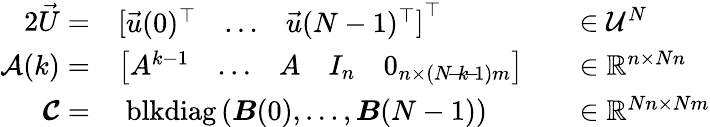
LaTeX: \begin{array}{rlrl}{{2}\vec{U}=}&{\left[\begin{array}{lll}{\vec{u}(0)^{\top}}&{\ldots}&{\vec{u}(N-1)^{\top}}\end{array}\right]^{\top}}&&{\in\mathcal{U}^{N}}\\ {{\mathcal{A}}(k)=}&{\left[\begin{array}{lllll}{A^{k-1}}&{\ldots}&{A}&{I_{n}}&{0_{n\times(N\! -\! k\! -\! 1)m}}\end{array}\right]}&&{\in\mathbb{R}^{n\times Nn}}\\ {\boldsymbol{\mathcal{C}}=}&{\; \mathrm{blkdiag}\left(\boldsymbol{B}(0),\ldots,\boldsymbol{B}(N-1)\right)}&&{\in\mathbb{R}^{Nn\times Nm}}\end{array}